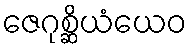
ဇေဂုစ္ဆိယံယေဝ